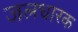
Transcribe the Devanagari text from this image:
जलधारक